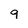
Character: 9